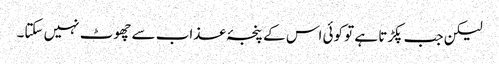
لیکن جب پکڑتا ہے تو کوئی اس کے پنجۂ عذاب سے چھوٹ نہیں سکتا۔